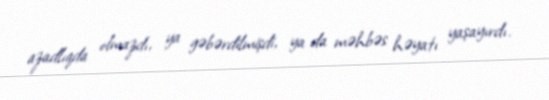
azadlıqda olmazdı, ya gəbərdilmişdi, ya da məhbəs həyatı yaşayırdı.